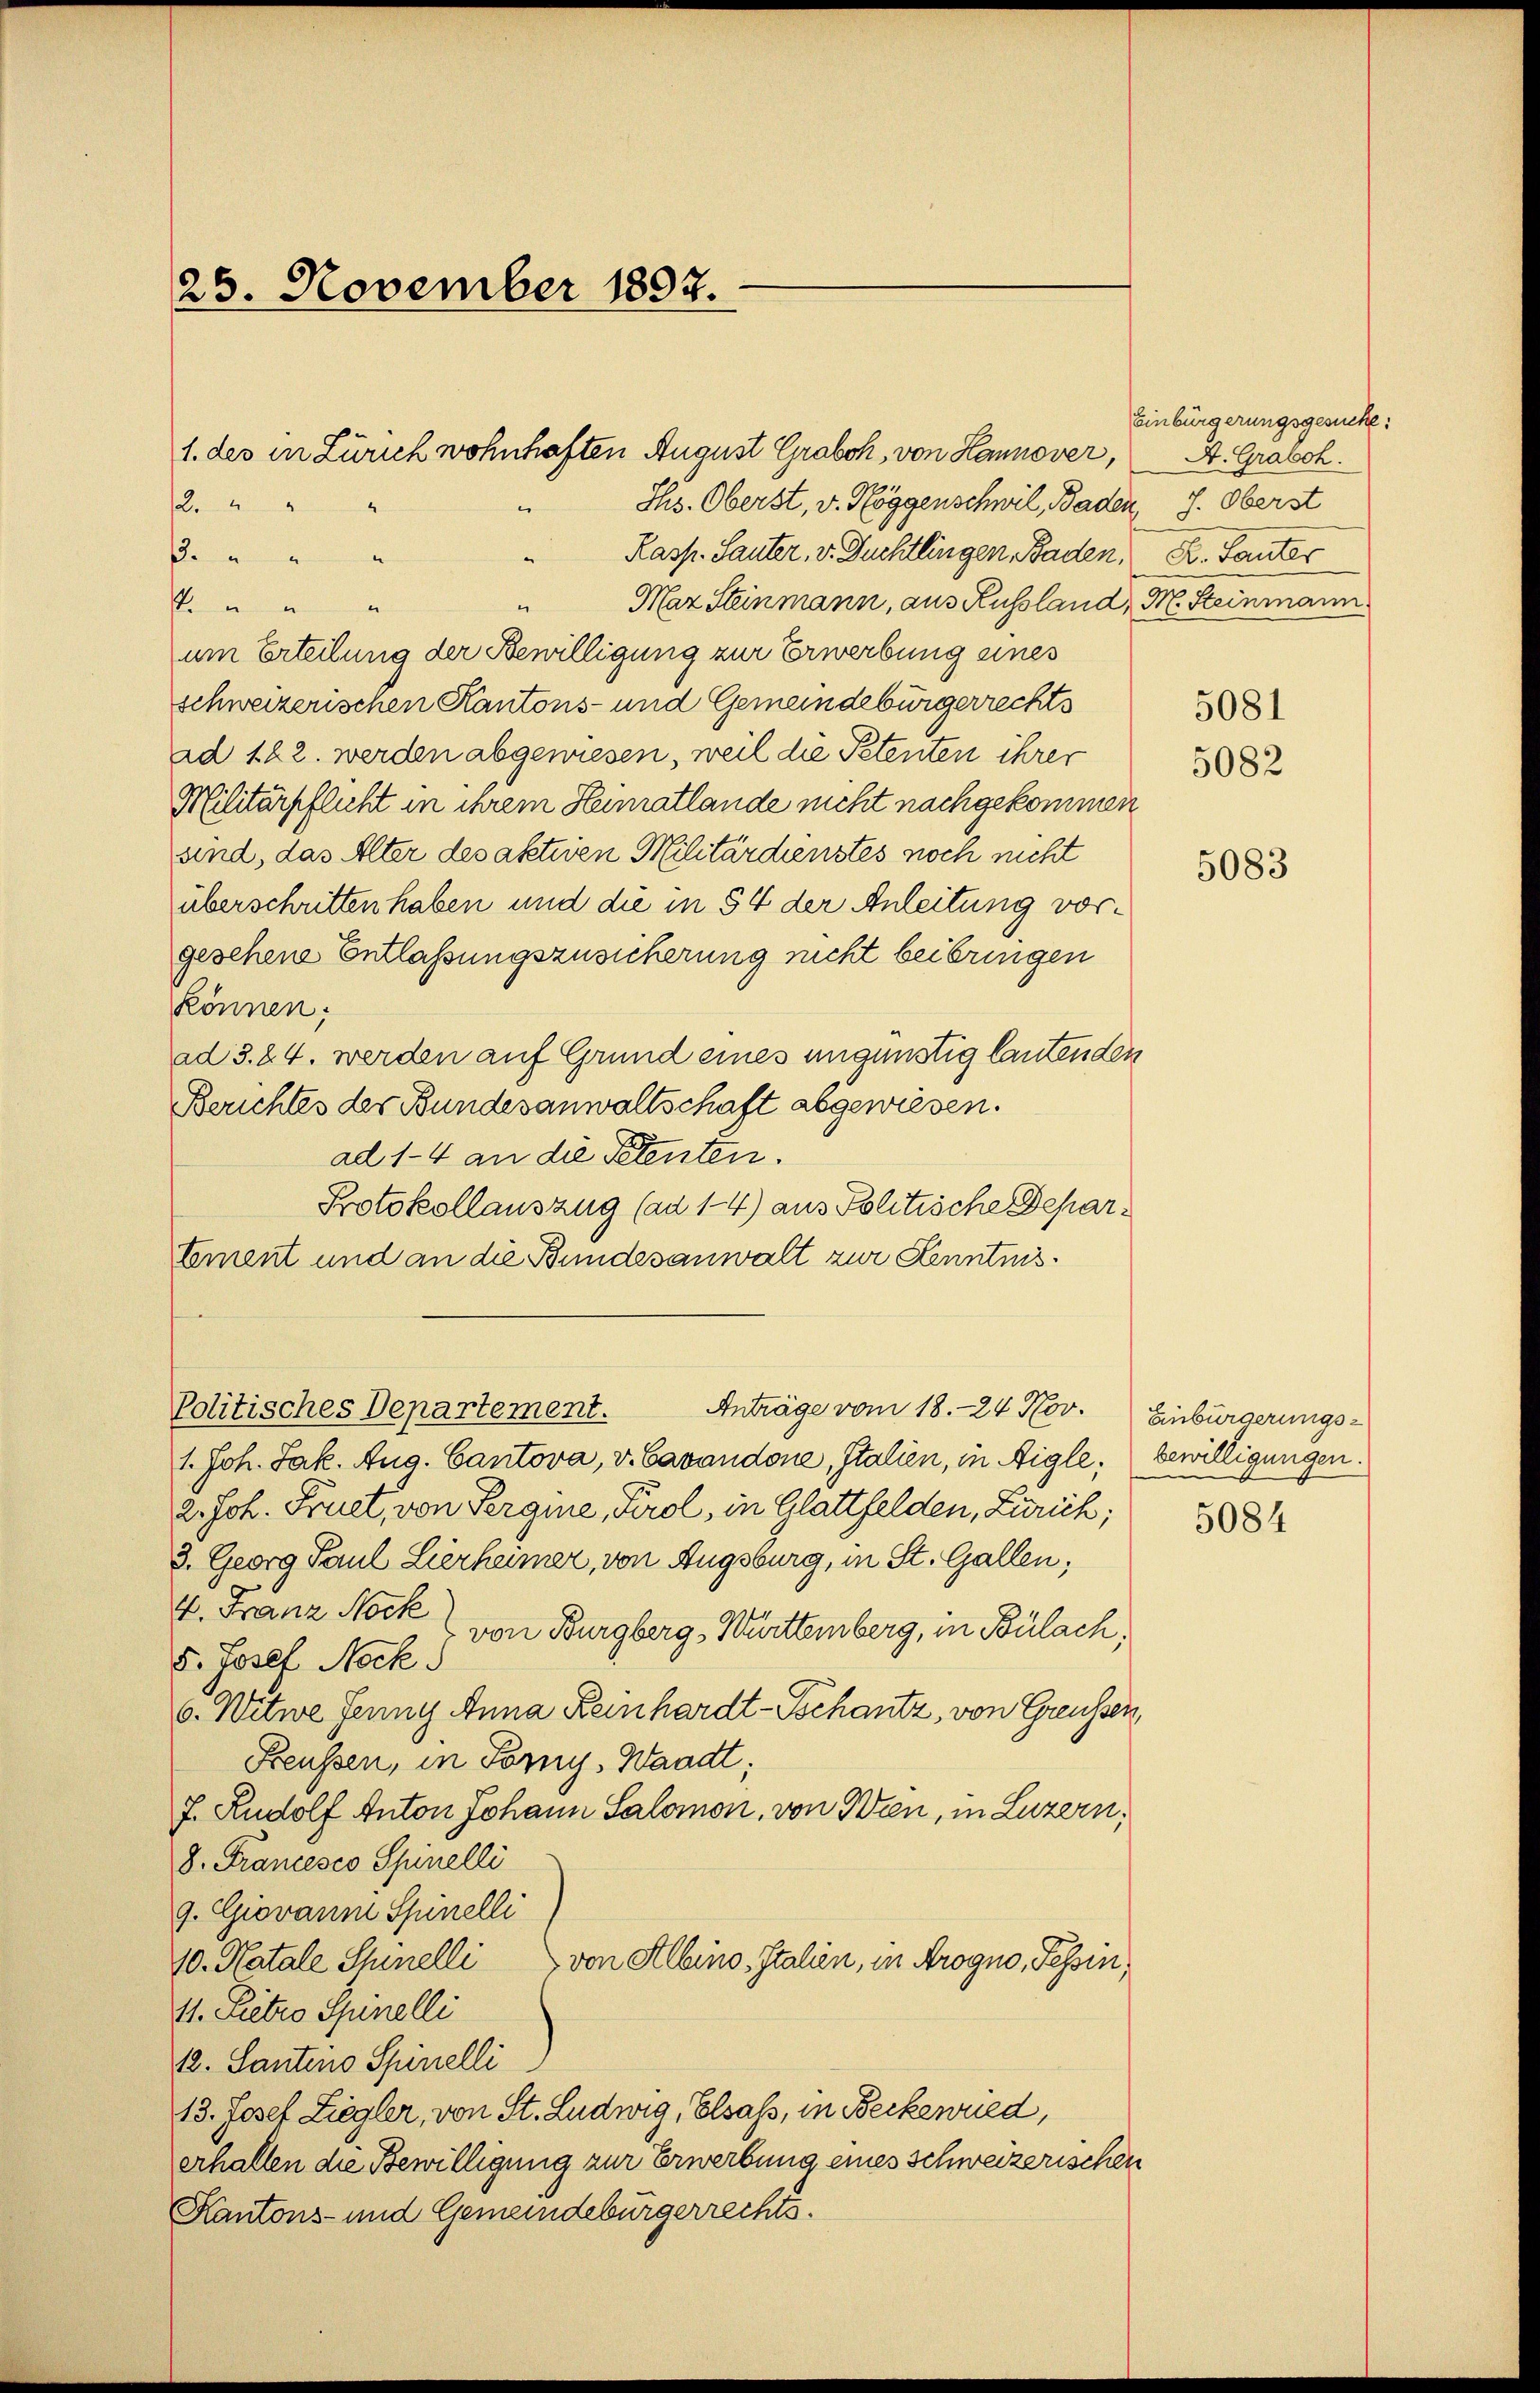
25. November 1897.

Ihs. Oberst, v. Roggenschwil, Baden, 7. Oberst
Kasp. Sauter, v. Puchtlingen Baden, K. Lauter

Maz Steinmann, aus Russland, M. Steinmann
.
P."
um Erteilung der Bewilligung zur Erwerbung eines
schweizerischen Kantons- und Gemeindebürgerrechts
ad 122. werden abgewiesen, weil die Petenten ihrer
Militärpflicht in ihrem Heimatlande nicht nachgekommen
and, das Alter des aktiven Militärdienstes noch nicht
überschritten haben und die in 54 der Anleitung vorgesehene Entlassungszusicherung nicht beibringen
können:
ad 3. 24. werden auf Grund eines ungünstig lautenden
Berichtes der Bundesanwaltschaft abgewiesen.
ad 1-4 an die Petenten.
Protokollauszug (ad 1-4) aus Politische Departement und an die Bundesanwalt zur Kenntnis¬

2

1. des in Zürich wohnhaften August Graboh, von Hannover,

Politisches Departement. Anträge vom 18.-24 Nov. Einbürgerungs-

Einbürgerungsgesuche:
A. Graboh.

1. Joh. Jak. Aug. Cantova, v. Cavandone, Italien, in Aigle,
2. Joh. Fruet, von Sergie, Tirol, in Glattfelden, Zürich;
3. Georg Paul Lierheimer, von Augsburg, in St. Gallen;
4. Franz Nock von Burgberg, Württemberg, in Bülach,
5. Josef Nock
6. Witwe Jenny Anna Reinhardt-Schantz, von Greussen,
Freussen, in Forny, Waadt;
f. Rudolf Anton Johann Salomon, von Wien, in Luzern,
8. Francesco Spinelli
9. Giovanm Spinelli
10. Natale Schinelli
von Albino, Italien, in Arogno, Tessin,
11. Pietro Spinelli
12. Santens Spinelli
13. Josef Ziegler, von St. Ludwig, Elsaß, in Beckenried,
erhalten die Bewilligung zur Erwerbung eines schweizerischen
Kantons- und Gemeindebürgerrechts.

5082

5081

5083

bewilligungen.

5084